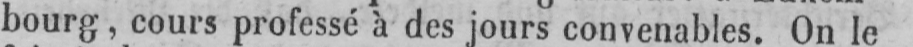
bourg, cours professé à des jours convenables. On le